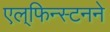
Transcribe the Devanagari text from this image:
एल्‌फिन्स्टनने